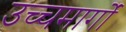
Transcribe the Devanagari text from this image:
उच्चमार्गों